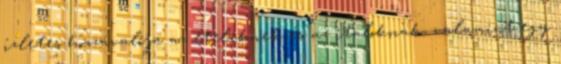
ízletes hozzávalója az ételeknek és az italoknak, valamint egy